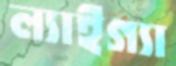
ল্যাইগ্যা